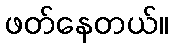
ဖတ်နေတယ်။